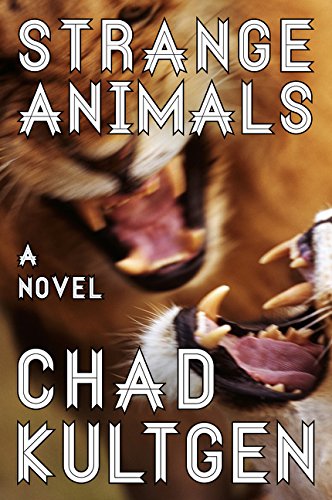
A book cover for Strange Animals: A Novel; Chad Kultgen; Literature & Fiction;